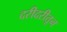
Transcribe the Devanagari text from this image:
दरीदरीतून